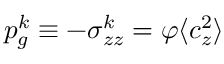
p _ { g } ^ { k } \equiv - \sigma _ { z z } ^ { k } = \varphi \langle c _ { z } ^ { 2 } \rangle